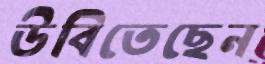
উবিতেছেন